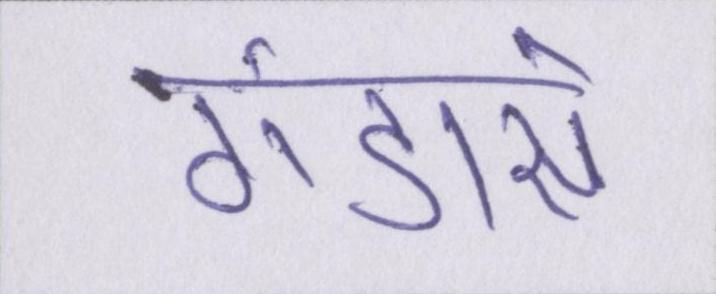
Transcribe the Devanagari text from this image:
गंडासे